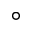
\circ